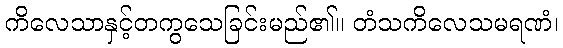
ကိလေသာနှင့်တကွသေခြင်းမည်၏။ တံသကိလေသမရဏံ၊